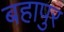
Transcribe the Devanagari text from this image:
बहापुर